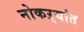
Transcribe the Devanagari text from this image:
नोकऱ्यांत